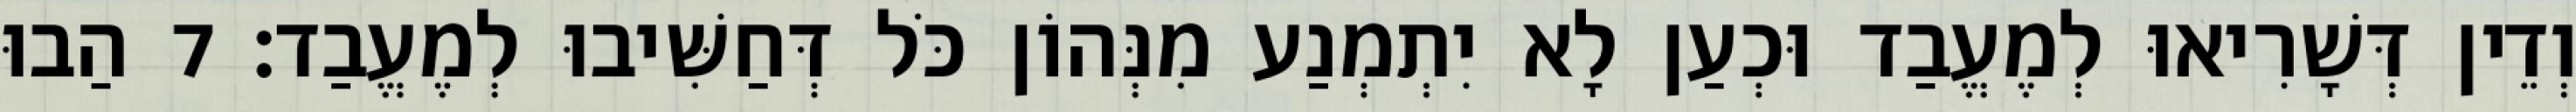
וְדֵין דְּשָׁרִיאוּ לְמֶעֱבַד וּכְעַן לָא יִתְמְנַע מִנְּהוֹן כֹּל דְּחַשִּׁיבוּ לְמֶעֱבַד׃ 7 הַבוּ